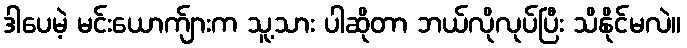
ဒါပေမဲ့ မင်းယောက်ျားက သူ့သား ပါဆိုတာ ဘယ်လိုလုပ်ပြီး သိနိုင်မလဲ။